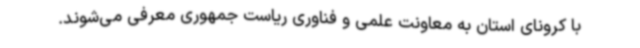
با کرونای استان به معاونت علمی و فناوری ریاست جمهوری معرفی می‌شوند.